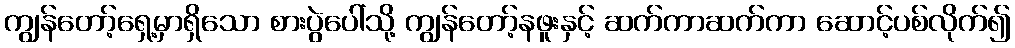
ကျွန်တော့်ရှေ့မှာရှိသော စားပွဲပေါ်သို့ ကျွန်တော့်နဖူးနှင့် ဆက်ကာဆက်ကာ ဆောင့်ပစ်လိုက်၍